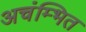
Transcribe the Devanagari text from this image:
अचंम्भित